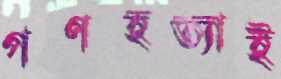
গণহত্যাই